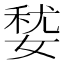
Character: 㛷